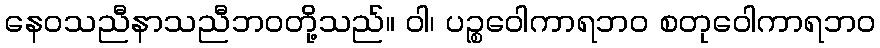
နေဝသညီနာသညီဘဝတို့သည်။ ဝါ၊ ပဉ္စဝေါကာရဘဝ စတုဝေါကာရဘဝ